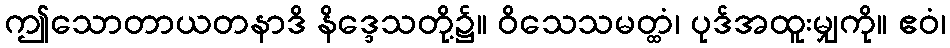
ဤသောတာယတနာဒိ နိဒ္ဒေသတို့၌။ ဝိသေသမတ္ထံ၊ ပုဒ်အထူးမျှကို။ ဧဝံ၊